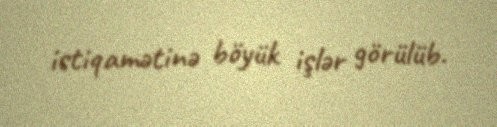
istiqamətinə böyük işlər görülüb.